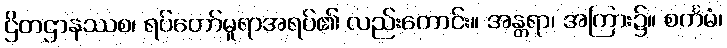
ဌိတဌာနဿစ၊ ရပ်တော်မူရာအရပ်၏ လည်းကောင်း။ အန္တရာ၊ အကြား၌။ စင်္ကမံ၊